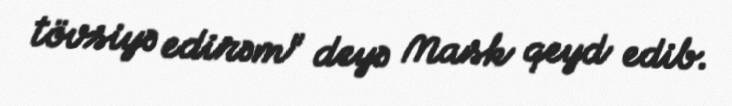
tövsiyə edirəm" deyə Mask qeyd edib.